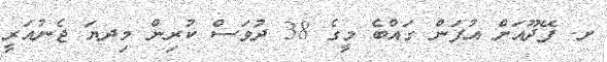
ށ. ފޭދޫއަށް އުފަން ގައްބެ މީގެ 38 ދުވަސް ކުރިން މިދޔަ ޖެނުއަރީ